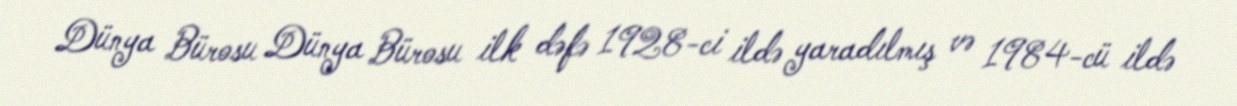
Dünya Bürosu Dünya Bürosu ilk dəfə 1928-ci ildə yaradılmış və 1984-cü ildə